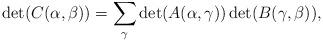
LaTeX: \begin{align*}\det(C(\alpha, \beta))=\sum_{\gamma}\det(A(\alpha,\gamma))\det(B(\gamma,\beta)),\end{align*}